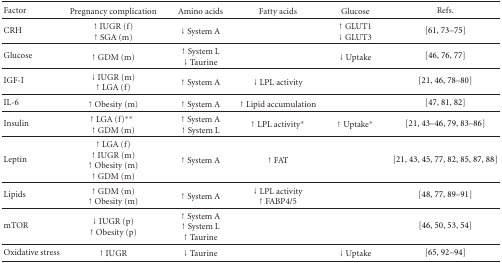
<table><thead><tr><td><b>Factor</b></td><td><b>Pregnancy complication</b></td><td><b>Amino acids</b></td><td><b>Fatty acids</b></td><td><b>Glucose</b></td><td><b>Refs.</b></td></tr></thead><tbody><tr><td>CRH</td><td><b>↑</b> IUGR (f) <b>↑</b> SGA (m) </td><td><b>↓</b> System A </td><td> </td><td><b>↑</b> GLUT1 <b>↓</b> GLUT3 </td><td>[61, 73–75]</td></tr><tr><td>Glucose</td><td><b>↑</b> GDM (m)</td><td><b>↑</b> System L<b>↓</b> Taurine</td><td> </td><td><b>↓</b> Uptake </td><td>[46, 76, 77]</td></tr><tr><td>IGF-I</td><td><b>↓</b> IUGR (m) <b>↑</b> LGA (f) </td><td><b>↑</b> System A </td><td><b>↓</b> LPL activity </td><td> </td><td>[21, 46, 78–80]</td></tr><tr><td>IL-6</td><td><b>↑</b> Obesity (m)</td><td><b>↑</b> System A </td><td><b>↑</b> Lipid accumulation </td><td> </td><td>[47, 81, 82]</td></tr><tr><td>Insulin </td><td><b>↑</b> LGA (f)**<b>↑</b> GDM (m)</td><td><b>↑</b> System A <b>↑</b> System L </td><td><b>↑</b> LPL activity*</td><td><b>↑</b> Uptake*</td><td>[21, 43–46, 79, 83–86]</td></tr><tr><td>Leptin</td><td><b>↑</b> LGA (f) <b>↑</b> IUGR (m) <b>↑</b> Obesity (m)<b>↑</b> GDM (m)</td><td><b>↑</b> System A </td><td><b>↑</b> FAT </td><td> </td><td>[21, 43, 45, 77, 82, 85, 87, 88]</td></tr><tr><td>Lipids</td><td><b>↑</b> GDM (m)<b>↑</b> Obesity (m)</td><td><b>↑</b> System A</td><td><b>↓</b> LPL activity <b>↑</b> FABP4/5</td><td> </td><td>[48, 77, 89–91]</td></tr><tr><td>mTOR</td><td><b>↓</b> IUGR (p) <b>↑</b> Obesity (p) </td><td><b>↑</b> System A <b>↑</b> System L <b>↑</b> Taurine </td><td> </td><td> </td><td>[46, 50, 53, 54]</td></tr><tr><td>Oxidative stress</td><td><b>↑</b> IUGR </td><td><b>↓</b> Taurine </td><td> </td><td><b>↓</b> Uptake </td><td>[65, 92–94]</td></tr></tbody></table>